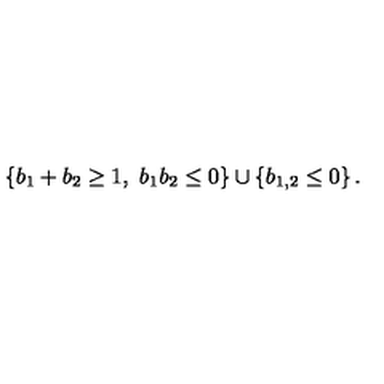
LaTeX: \left\{ b _ { 1 } + b _ { 2 } \geq 1 , \ b _ { 1 } b _ { 2 } \leq 0 \right\} \cup \left\{ b _ { 1 , 2 } \leq 0 \right\} .